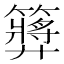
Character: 𥶝